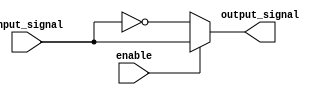
module active_low_buffer(
    input input_signal,
    input enable,
    output output_signal
);

assign output_signal = (enable == 1'b0) ? ~input_signal : input_signal;

endmodule